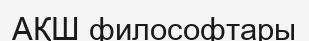
АҚШ философтары